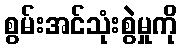
စွမ်းအင်သုံးစွဲမှုကို